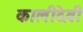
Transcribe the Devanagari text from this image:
कालीदेवी